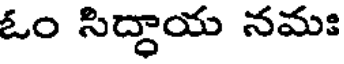
ఓం సిద్ధాయ నమః